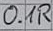
Text: 0.1R